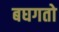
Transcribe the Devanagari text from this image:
बघगतो